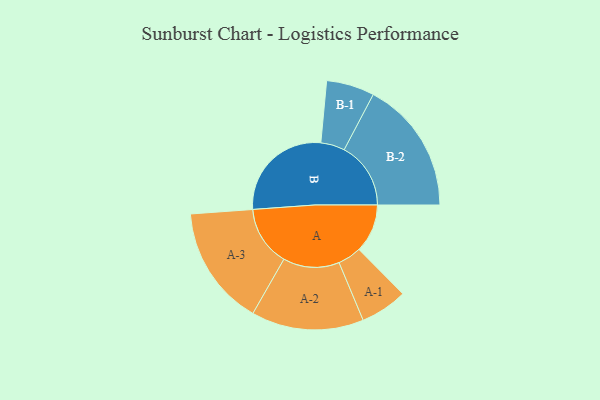
{"axis": {"x": "Segment", "y": "Value"}, "legend": ["", "A", "B"], "data": [{"x": "A", "y": 214, "type": ""}, {"x": "B", "y": 470, "type": ""}, {"x": "A-1", "y": 104, "type": "A"}, {"x": "A-2", "y": 248, "type": "A"}, {"x": "A-3", "y": 265, "type": "A"}, {"x": "B-1", "y": 106, "type": "B"}, {"x": "B-2", "y": 294, "type": "B"}]}